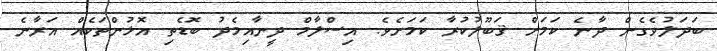
ބަދަލުވެގެން ދާނެ ކަަމަށް ޤަބޫލުކުރާ ކަަމަށެވެ. އިސްލާމް ދީނާއިމެދު ބޮޑެތި އޮޅުންތަކެއް އަރާނެ